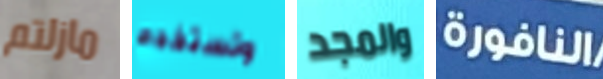
مازلتم وتستخدم والمجد النافورة